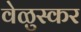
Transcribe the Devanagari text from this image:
वेळुस्कर